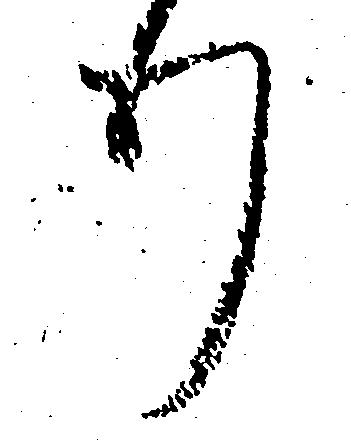
り